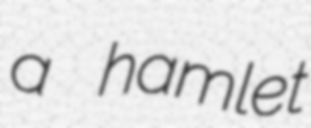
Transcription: a hamlet